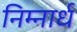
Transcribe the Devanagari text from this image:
निम्नार्ध